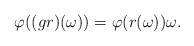
LaTeX: \begin{align*}\varphi((gr)(\omega))=\varphi(r(\omega))\omega.\end{align*}